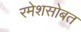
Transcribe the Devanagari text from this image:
रमेशसोबत